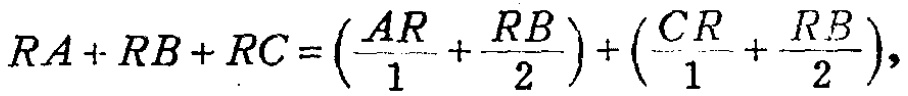
\(RA + RB + RC = \left(\frac{AR}{1}+\frac{RB}{2}\right)+\left(\frac{CR}{1}+\frac{RB}{2}\right),\)